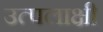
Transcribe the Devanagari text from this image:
उत्पलाक्षी